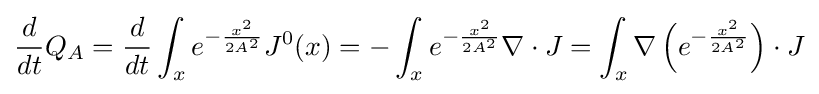
{d \over dt}Q_{A}={d \over dt}\int _{x}e^{-{\frac {x^{2}}{2A^{2}}}}J^{0}(x)=-\int _{x}e^{-{\frac {x^{2}}{2A^{2}}}}\nabla \cdot J=\int _{x}\nabla \left(e^{-{\frac {x^{2}}{2A^{2}}}}\right)\cdot J